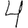
Digit: 4